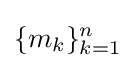
\{m_{k}\}_{k=1}^{n}